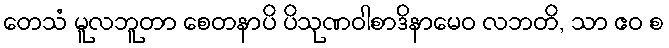
တေသံ မူလဘူတာ စေတနာပိ ပိသုဏဝါစာဒိနာမေဝ လဘတိ, သာ ဧဝ စ